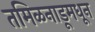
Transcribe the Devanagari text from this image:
तमिळनाडूमधून